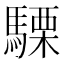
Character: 𮪕